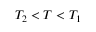
T _ { 2 } < T < T _ { 1 }